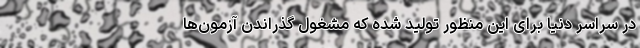
در سراسر دنیا برای این منظور تولید شده که مشغول گذراندنِ آزمون‌ها